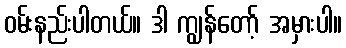
ဝမ်းနည်းပါတယ်။ ဒါ ကျွန်တော့် အမှားပါ။